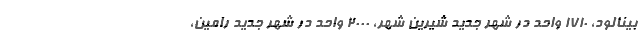
بینالود، ۱۷۱۰ واحد در شهر جدید شیرین شهر، ۲۰۰۰ واحد در شهر جدید رامین،